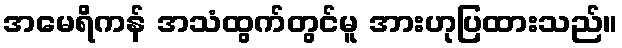
အမေရိကန် အသံထွက်တွင်မူ အားဟုပြထားသည်။